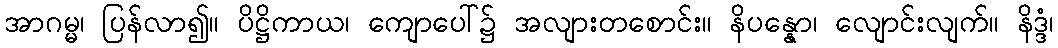
အာဂမ္မ၊ ပြန်လာ၍။ ပိဋ္ဌိကာယ၊ ကျောပေါ်၌ အလျားတစောင်း။ နိပန္နော၊ လျောင်းလျက်။ နိဒ္ဒံ၊